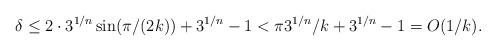
LaTeX: \begin{align*}\delta \leq 2 \cdot 3^{1/n} \sin(\pi/(2k))+3^{1/n}-1 < \pi 3^{1/n}/k+3^{1/n}-1 =O(1/k).\end{align*}